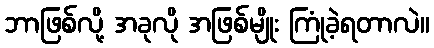
ဘာဖြစ်လို့ အခုလို အဖြစ်မျိုး ကြုံခဲ့ရတာလဲ။